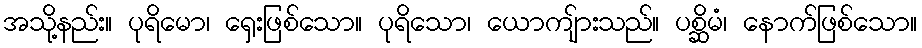
အသို့နည်း။ ပုရိမော၊ ရှေးဖြစ်သော။ ပုရိသော၊ ယောကျ်ားသည်။ ပစ္ဆိမံ၊ နောက်ဖြစ်သော။